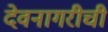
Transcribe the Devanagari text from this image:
देवनागरीची